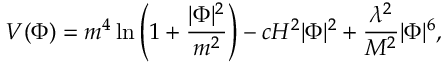
V ( \Phi ) = m ^ { 4 } \ln \left( 1 + \frac { | \Phi | ^ { 2 } } { m ^ { 2 } } \right) - c H ^ { 2 } | \Phi | ^ { 2 } + \frac { \lambda ^ { 2 } } { M ^ { 2 } } | \Phi | ^ { 6 } ,